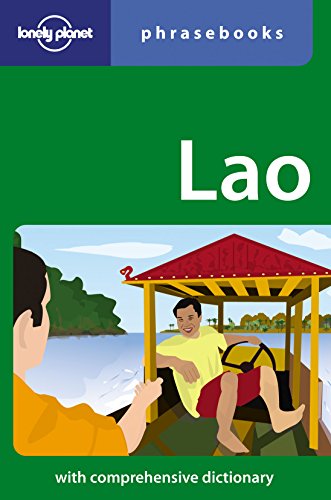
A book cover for Lao: Lonely Planet Phrasebook; Joe Cummings; Travel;